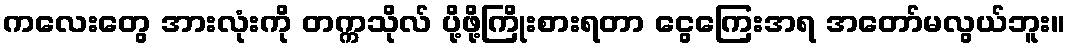
ကလေးတွေ အားလုံးကို တက္ကသိုလ် ပို့ဖို့ကြိုးစားရတာ ငွေကြေးအရ အတော်မလွယ်ဘူး။